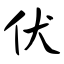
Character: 伏